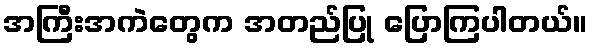
အကြီးအကဲတွေက အတည်ပြု ပြောကြပါတယ်။